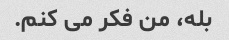
بله، من فکر می کنم.